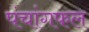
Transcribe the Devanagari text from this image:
पंचांगफल